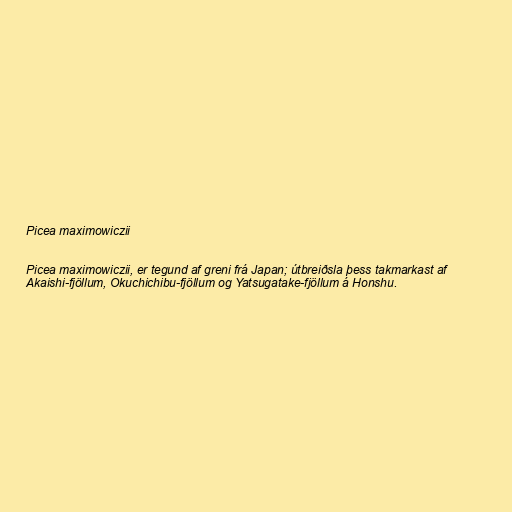
Picea maximowiczii

Picea maximowiczii, er tegund af greni frá Japan; útbreiðsla þess takmarkast af
Akaishi-fjöllum, Okuchichibu-fjöllum og Yatsugatake-fjöllum á Honshu.